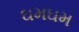
ઘમઘમ